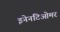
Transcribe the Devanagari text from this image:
इनेनटिओमर